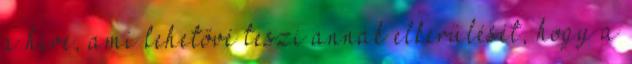
a híve, ami lehetővé teszi annak elkerülését, hogy a